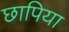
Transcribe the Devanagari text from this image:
छापिया